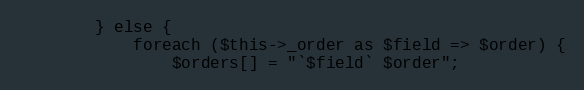
Language: PHP
        } else {
            foreach ($this->_order as $field => $order) {
                $orders[] = "`$field` $order";